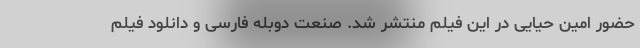
حضور امین حیایی در این فیلم منتشر شد. صنعت دوبله فارسی و دانلود فیلم